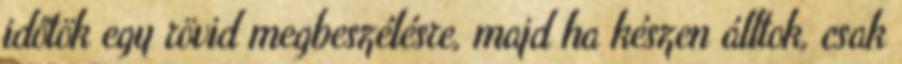
időtök egy rövid megbeszélésre, majd ha készen álltok, csak